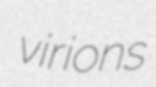
virions